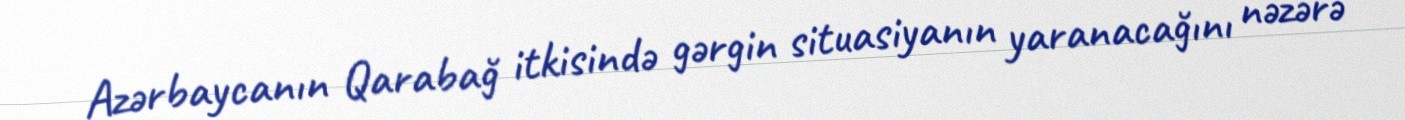
Azərbaycanın Qarabağ itkisində gərgin situasiyanın yaranacağını nəzərə